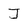
Character: J